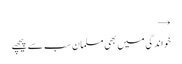
→
خواندگی میں بھی مسلمان سب سے پیچھے